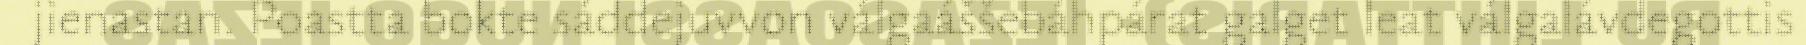
jienastan. Poastta bokte sáddejuvvon válgaáššebáhpárat galget leat válgalávdegottis